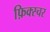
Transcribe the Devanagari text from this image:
फ़िक्स्चर